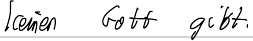
keinen Gott gibt.